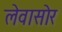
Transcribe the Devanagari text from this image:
लेवासोर